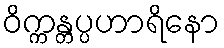
ဝိက္ကန္တပ္ပဟာရိနော